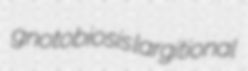
gnotobiosis largitional